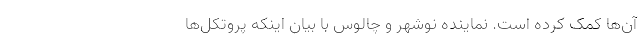
آن‌ها کمک کرده است. نماینده نوشهر و چالوس با بیان اینکه پروتکل‌ها